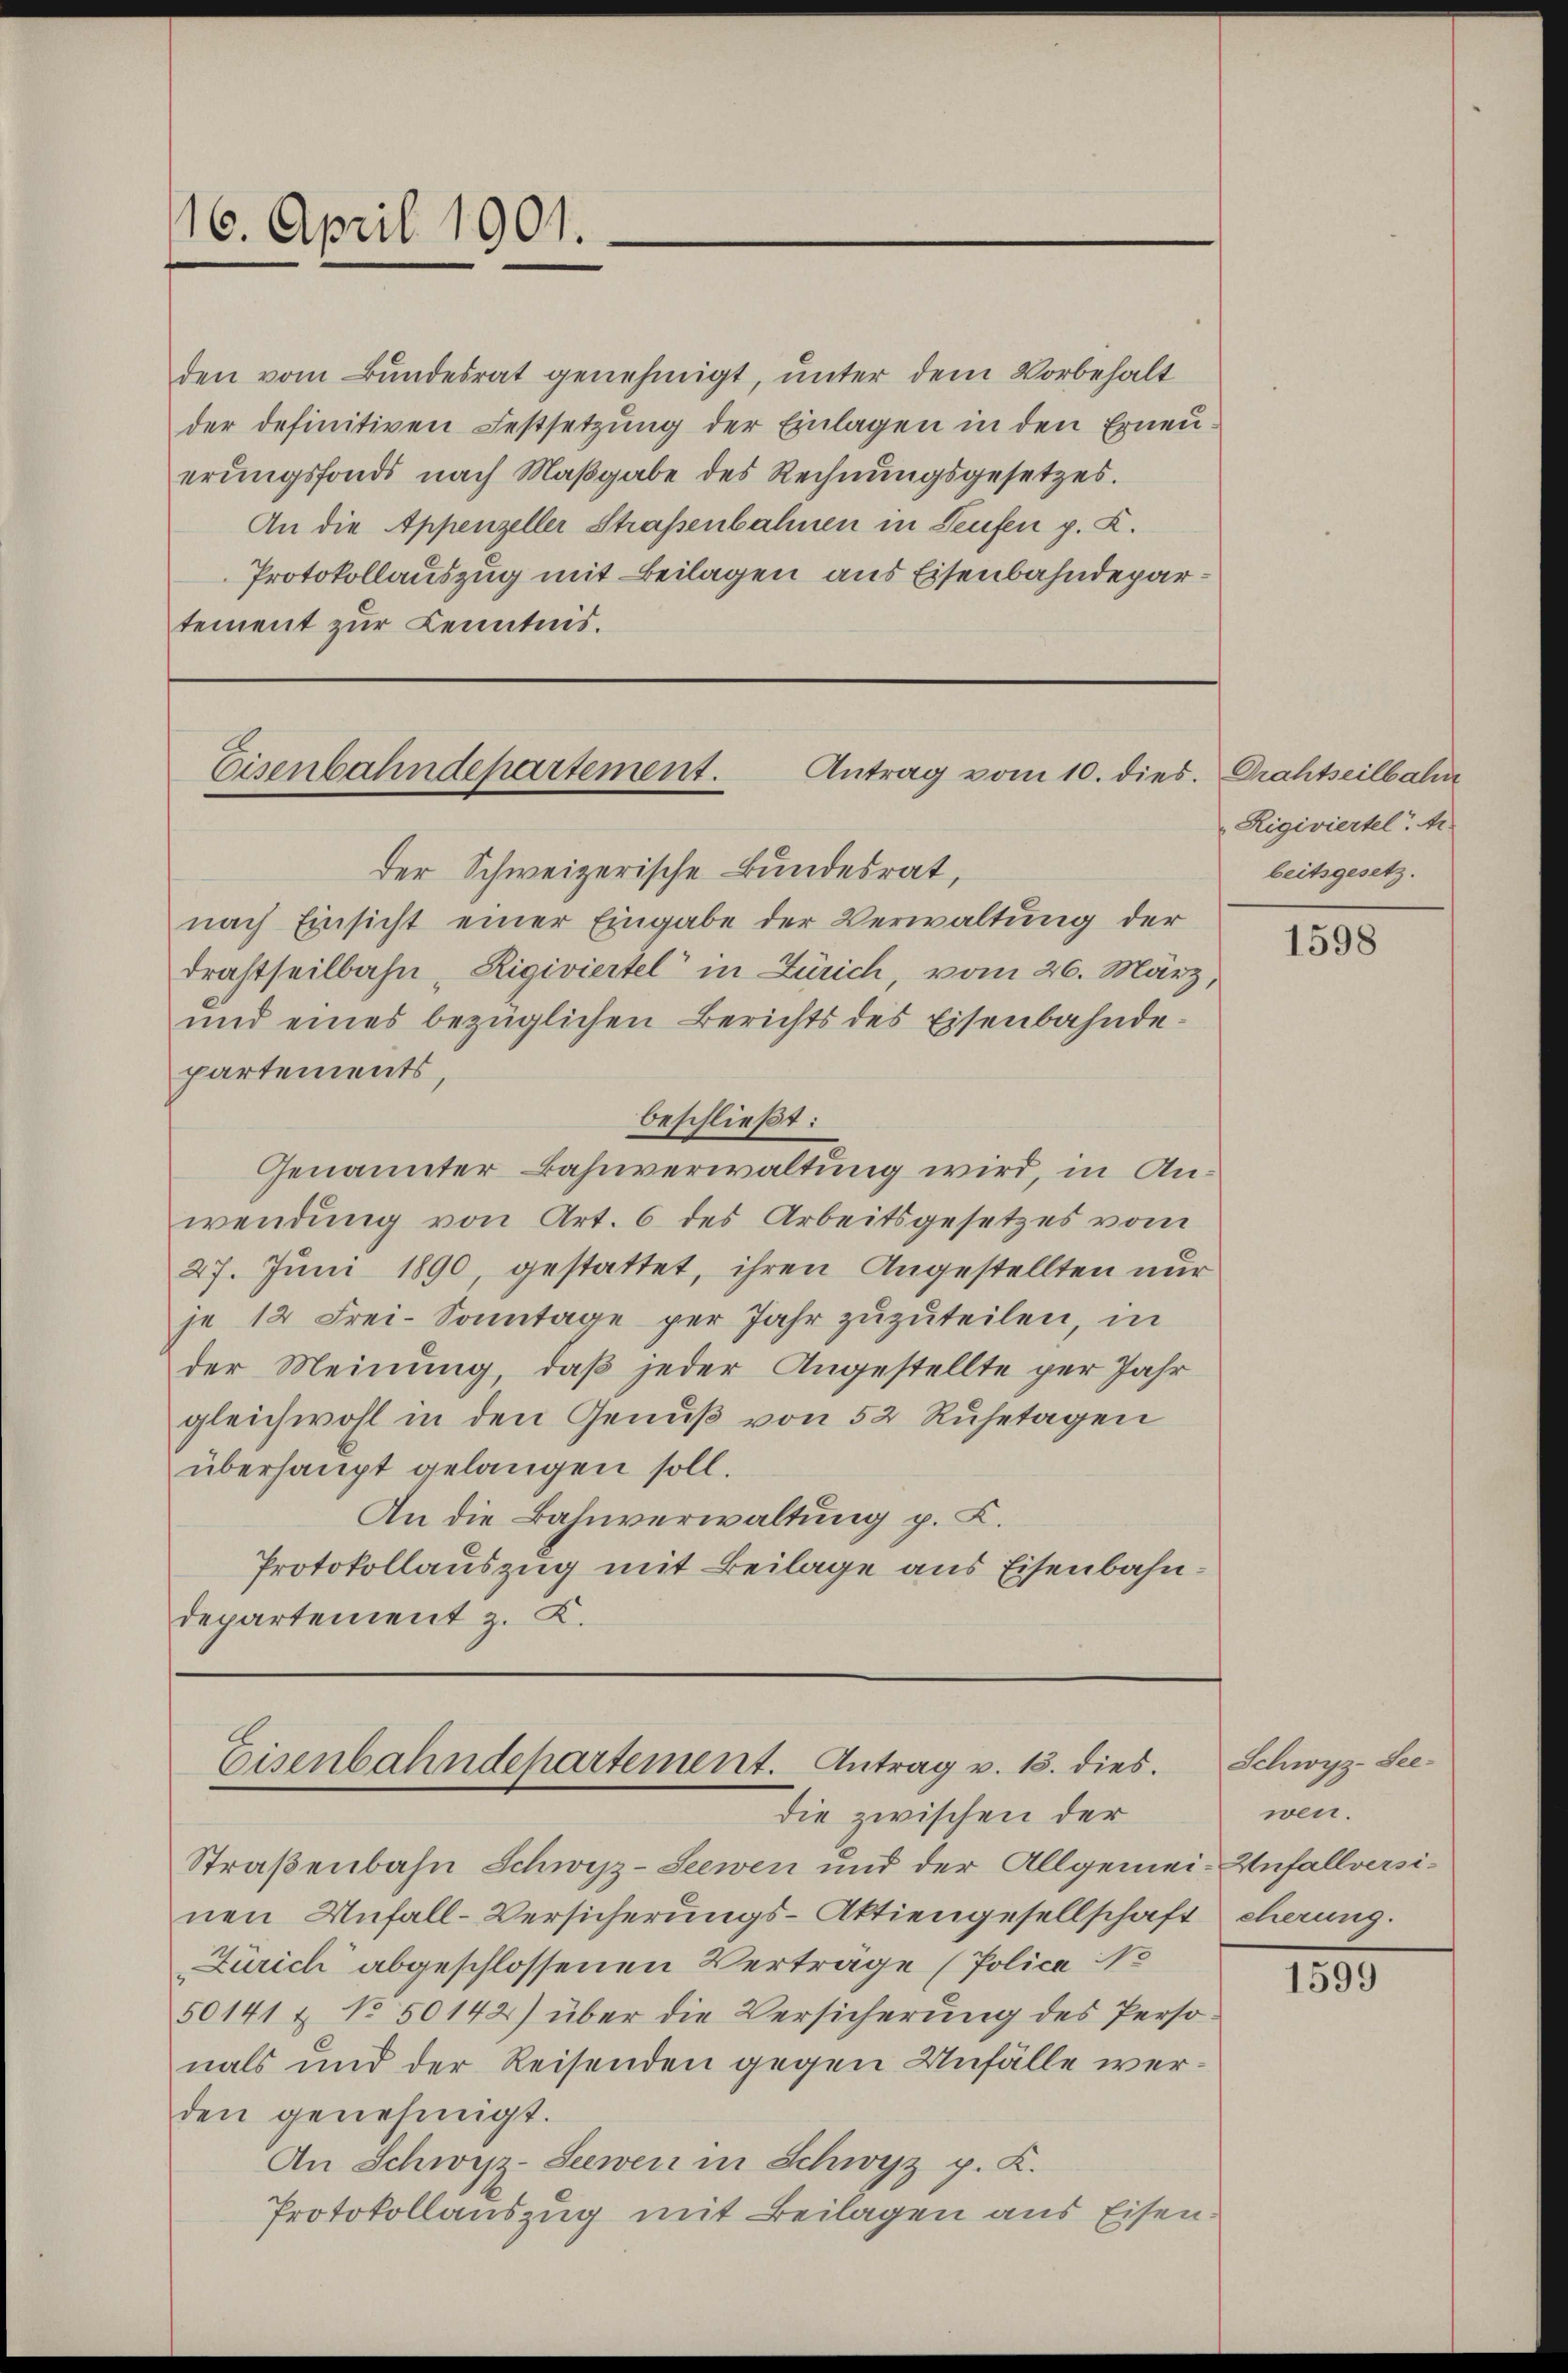
116. April 1901.

den vom Bundesrat genehmigt, unter dem Vorbehalt
der definitiven Festsetzung der Einlagen in den Erneuerŭngsfonds nach Maβgabe des Rechnŭngsgesetzes.
An die Appenzeller Straßenbahnen in Teufen p. K.
Protokollauszug mit Beilagen aus Eisenbahndepartement zur Kenntnis.

Antrag vom 10. dies. Drahtseilbahn
Eisenbahndepartement.
Der Schweizerische Bundesrat,
nach Einsicht einer Eingabe der Verwaltung der

Eisenbahndepartement. Antrag v. 15. dies
die zwischen der

drahtheilbahn "Rigiviertel in Zürich, vom 26. März,
und eines bezüglichen Berichts des Eisenbahnde-
partements,
beschließt:
Genannter Bahnverwaltung wird, in Anwendung von Art. 6 des Arbeitsgesetzes vom
27. Juni 1890, gestattet, ihren Angestellten nur
je 12 Frei-Sonntage per Jahr zuzuteilen, in
der Meinung, daß jeder Angestellte per Jahr
gleichwohl in den Genuß von 52 Ruhetagen
überhaupt gelangen soll.
An die Bahnverwaltung p. C.
Protokollauszug mit Beilage aus Eisenbahndepartement z. K.

Straßenbahn Schwyz-Seewen und der Allgemei-Unfallversinen Unfall-Versicherungs-Aktiengesellschaft cherung.
Zürich abgeschlossenen Verträge (Polica 1
50141 & No 50142) über die Versicherung des Perso
nals und der Reisenden gegen Unfälle werden genehmigt.
An Schwyz-Seewen in Schwyz p. K.
Protokollauszug mit Beilagen aus Eisen.

Rigiviertel. Ar
beitsgesetz.

1598

Schwyz-Seewen.

1599